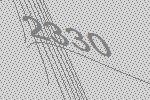
2330